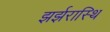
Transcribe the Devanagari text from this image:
झर्झरास्थि